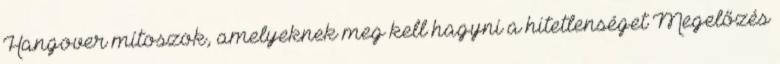
Hangover mítoszok, amelyeknek meg kell hagyni a hitetlenséget Megelőzés